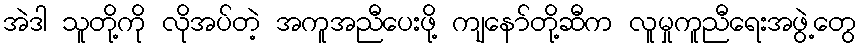
အဲဒါ သူတို့ကို လိုအပ်တဲ့ အကူအညီပေးဖို့ ကျနော်တို့ဆီက လူမှုကူညီရေးအဖွဲ့တွေ